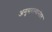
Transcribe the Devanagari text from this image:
अनुसरल्यानंतर